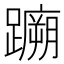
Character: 𫏤